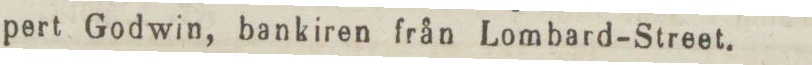
pert Godwin, bankiren från Lombard-Street.